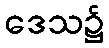
ဒေသ၌